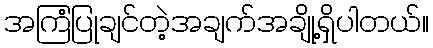
အကြံပြုချင်တဲ့အချက်အချို့ရှိပါတယ်။